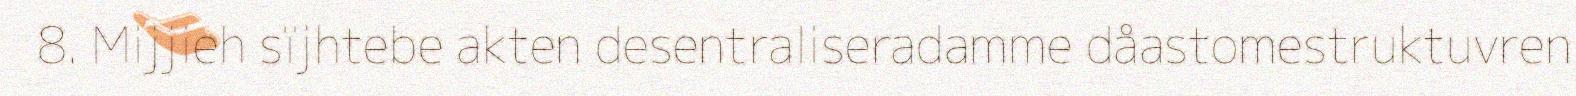
8. Mijjieh sïjhtebe akten desentraliseradamme dåastomestruktuvren